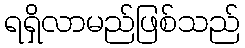
ရရှိလာမည်ဖြစ်သည်